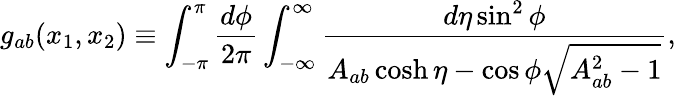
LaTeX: g_{ab}(x_{1},x_{2})\equiv\int_{-\pi}^{\pi}\frac{d\phi}{2\pi}\int_{-\infty}^{\infty}\frac{d\eta\sin^{2}\phi}{A_{ab}\cosh\eta-\cos\phi\sqrt{A_{ab}^{2}-1}},